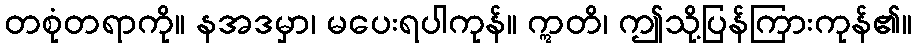
တစုံတရာကို။ နအဒမှာ၊ မပေးရပါကုန်။ ဣတိ၊ ဤသို့ပြန်ကြားကုန်၏။